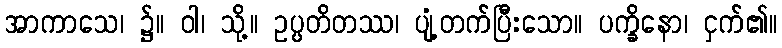
အာကာသေ၊ ၌။ ဝါ၊ သို့။ ဥပ္ပတိတဿ၊ ပျံ့တက်ပြီးသော။ ပက္ခိနော၊ ငှက်၏။